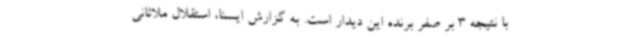
با نتیجه 3 بر صفر برنده این دیدار است. به گزارش ایسنا، استقلال ملاثانی